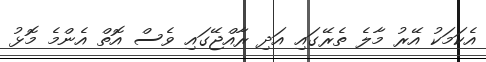
އެކަމަކު އޭރު މާލެ ތެރޭގައި އަދި ރާއްޖޭގައި ވެސް އޮތް އެންމެ މޮޅު